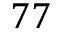
7 7